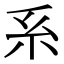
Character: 系